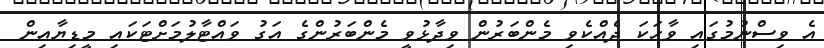
އެ ވިސްނުމުގައި ވާހަކަ ދެއްކެވި މެންބަރުން ވިދާޅުވީ މެންބަރުންގެ އަގު ވައްޓާލުމަށްޓަކައި މީޑިޔާއިން